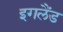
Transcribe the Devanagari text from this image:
इगलैंड